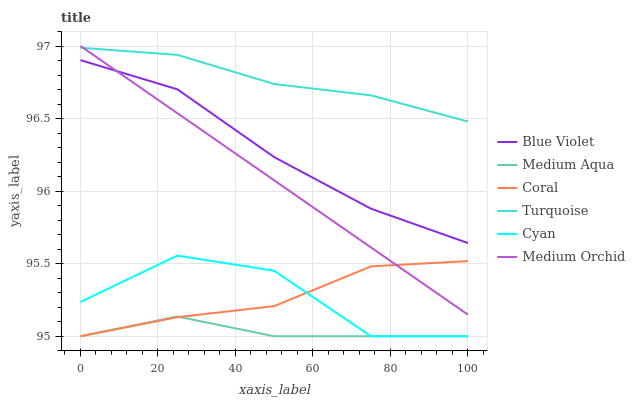
| xaxis_label | Blue Violet | Medium Aqua | Coral | Turquoise | Cyan | Medium Orchid |
 | --- | --- | --- | --- | --- | --- | --- |
 | 0 | 96.9 | 95 | 95 | 97 | 95.2 | 97 |
 | 25 | 96.7 | 95.1 | 95.1 | 96.9 | 95.6 | 96.5 |
 | 50 | 96.2 | 95 | 95.2 | 96.7 | 95.5 | 96.1 |
 | 75 | 95.9 | 95 | 95.5 | 96.7 | 95 | 95.6 |
 | 100 | 95.6 | 95 | 95.5 | 96.5 | 95 | 95.1 |